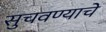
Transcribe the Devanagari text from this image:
सुचवण्याचे